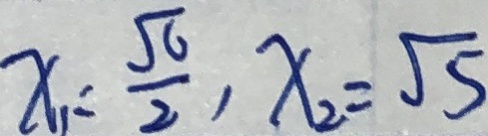
x _ { 1 } = \frac { \sqrt { 6 } } { 2 } , x _ { 2 } = \sqrt { 5 }